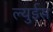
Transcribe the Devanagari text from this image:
ल्युईस